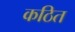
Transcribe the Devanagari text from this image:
कठित